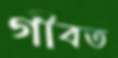
গীবত